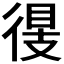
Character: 𢔠